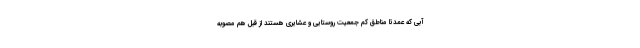
آبی که عمدتا مناطق کم جمعیت روستایی و عشایری هستند از قبل هم مصوبه